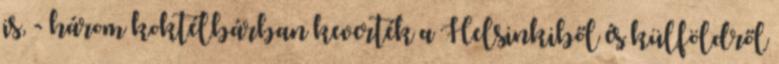
is, - három koktélbárban keverték a Helsinkiből és külföldről